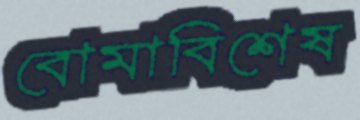
বোমাবিশেষ